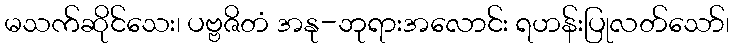
မသက်ဆိုင်သေး၊ ပဗ္ဗဇိတံ အနု-ဘုရားအလောင်း ရဟန်းပြုလတ်သော်၊